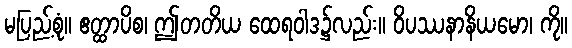
မပြည့်စုံ။ ဧတ္ထာပိစ၊ ဤတတိယ ထေရဝါဒ၌လည်း။ ဝိပဿနာနိယမော၊ ကို။